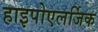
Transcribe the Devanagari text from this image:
हाइपोएलर्जिक